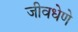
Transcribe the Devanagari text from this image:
जीवधेणे